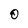
Character: 0